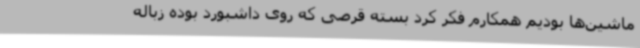
ماشین‌ها بودیم همکارم فکر کرد بسته قرصی که روی داشبورد بوده زباله